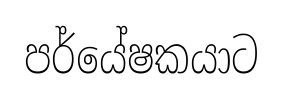
පර්යේෂකයාට